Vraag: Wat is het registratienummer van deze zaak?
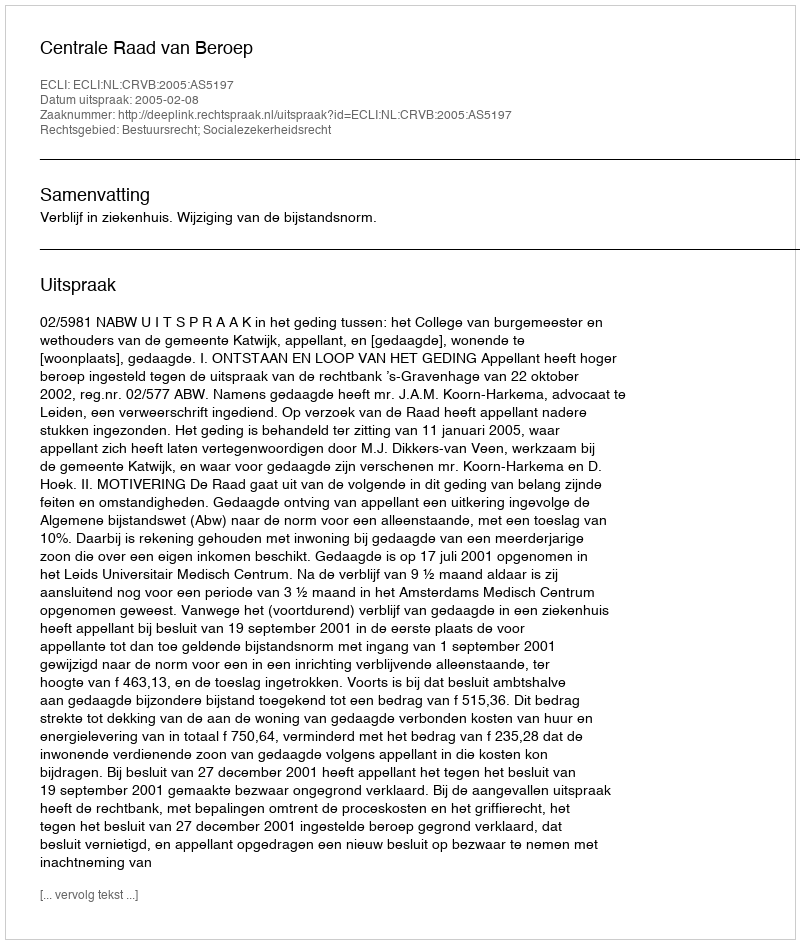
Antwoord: http://deeplink.rechtspraak.nl/uitspraak?id=ECLI:NL:CRVB:2005:AS5197